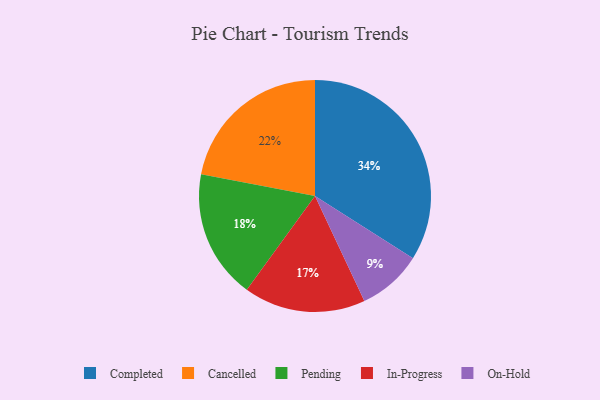
{"axis": {"x": "Category", "y": "Percentage"}, "legend": ["Cancelled", "Completed", "In-Progress", "On-Hold", "Pending"], "data": [{"x": "Cancelled", "y": 22, "type": "Cancelled"}, {"x": "Pending", "y": 18, "type": "Pending"}, {"x": "In-Progress", "y": 17, "type": "In-Progress"}, {"x": "On-Hold", "y": 9, "type": "On-Hold"}, {"x": "Completed", "y": 34, "type": "Completed"}]}